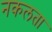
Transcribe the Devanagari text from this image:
नकलता